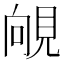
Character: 䚁